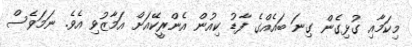
މިކަމާއި ގުޅިގެން ގިނަ ބައެއްގެ ފާޑު ކިއުން އެންރީކޭއަށް އަމާޒުވި އެވެ. ނަމަވެސް